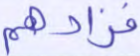
فزادهم